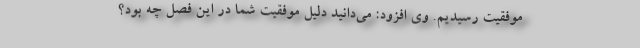
موفقیت رسیدیم. وی افزود: می‌دانید دلیل موفقیت شما در این فصل چه بود؟